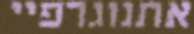
אתנוגרפיי